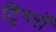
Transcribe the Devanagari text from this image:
ट्रिगरों